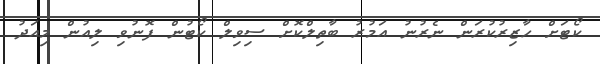
ކޯޓަށް ހާޒިރުކުރަން ނެރުނު އަމުރު ބާތިލްކޮށް ސިވިލް ކޯޓުން ފޮނުވި ލިއުން މިއަދު